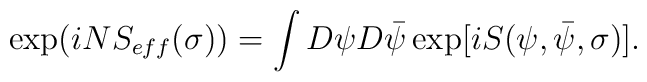
\exp(i N S_{eff}( \sigma) ) = \int D\psi D\bar{\psi} \exp[ i S( \psi, \bar{\psi}, \sigma )].